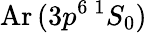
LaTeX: \mathrm{Ar}\, (3p^{6}\, ^{1}S_{0})